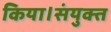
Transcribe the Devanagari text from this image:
किया।संयुक्त